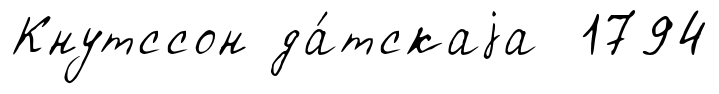
Кнутссон да́тскаjа 1794